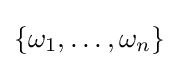
\{\omega _{1},\ldots ,\omega _{n}\}